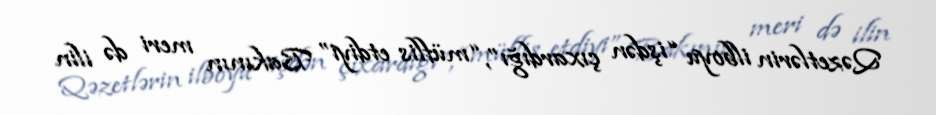
Qəzetlərin ilboyu “işdən çıxardığı”, “müflis etdiyi” Bakının meri də ilin